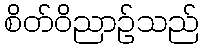
စိတ်ဝိညာဉ်သည်